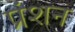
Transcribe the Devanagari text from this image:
प्रंशन